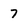
Character: 7